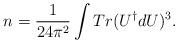
LaTeX: \begin{align*}n = \frac{1}{24 \pi^2} \int Tr(U^{\dagger}dU)^3 .\end{align*}